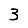
Digit: 3